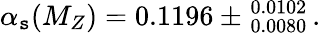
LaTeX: \alpha_{\mathtt{s}}(M_{Z})=0.1196\pm_{\; 0.0080}^{\; 0.0102}\, .